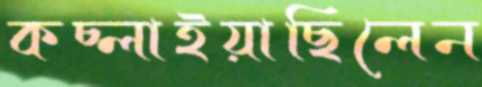
কচ্‌লাইয়াছিলেন